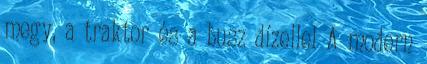
megy, a traktor és a busz dízellel A modern